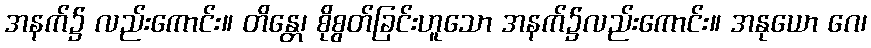
အနက်၌ လည်းကောင်း။ တိန္တေ၊ စိုစွတ်ခြင်းဟူသော အနက်၌လည်းကောင်း။ အနုယော ဂေ၊